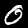
Digit: 0